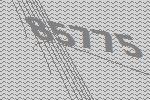
85775